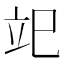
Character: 䇃